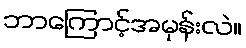
ဘာကြောင့်အမုန်းလဲ။